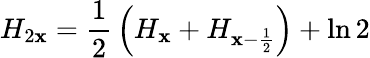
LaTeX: H_{2\mathbf{x}}={\frac{{1}}{{2}}}\left(H_{\mathbf{x}}+H_{\mathbf{x}-{\frac{{1}}{{2}}}}\right)+\ln2